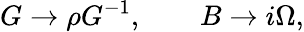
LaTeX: G\rightarrow\rho G^{-1},\qquad B\rightarrow i\Omega,